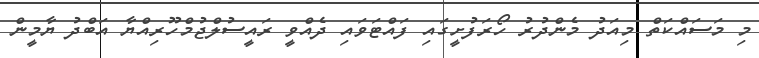
މި މަސައްކަތް މިއަދު މެންދުރު ހޯރަފުށީގައި ފައްޓަވައި ދެއްވީ ރައީސުލްޖުމްހޫރިއްޔާ އަބްދު ޔާމީން